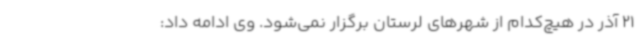
21 آذر در هیچ‌کدام از شهرهای لرستان برگزار نمی‌شود. وی ادامه داد: